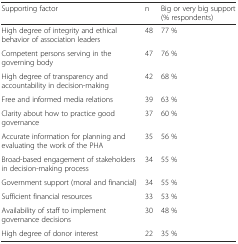
<table><thead><tr><td><b>Supporting factor</b></td><td><b>n</b></td><td><b>Big or very big support (% respondents)</b></td></tr></thead><tbody><tr><td>High degree of integrity and ethical behavior of association leaders</td><td>48</td><td>77 %</td></tr><tr><td>Competent persons serving in the governing body</td><td>47</td><td>76 %</td></tr><tr><td>High degree of transparency and accountability in decision-making</td><td>42</td><td>68 %</td></tr><tr><td>Free and informed media relations</td><td>39</td><td>63 %</td></tr><tr><td>Clarity about how to practice good governance</td><td>37</td><td>60 %</td></tr><tr><td>Accurate information for planning and evaluating the work of the PHA</td><td>35</td><td>56 %</td></tr><tr><td>Broad-based engagement of stakeholders in decision-making process</td><td>34</td><td>55 %</td></tr><tr><td>Government support (moral and financial)</td><td>34</td><td>55 %</td></tr><tr><td>Sufficient financial resources</td><td>33</td><td>53 %</td></tr><tr><td>Availability of staff to implement governance decisions</td><td>30</td><td>48 %</td></tr><tr><td>High degree of donor interest</td><td>22</td><td>35 %</td></tr></tbody></table>